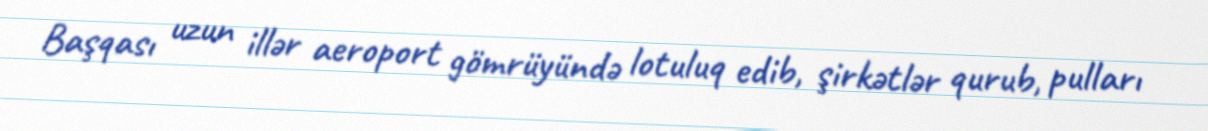
Başqası uzun illər aeroport gömrüyündə lotuluq edib, şirkətlər qurub, pulları